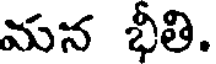
మన భీతి.